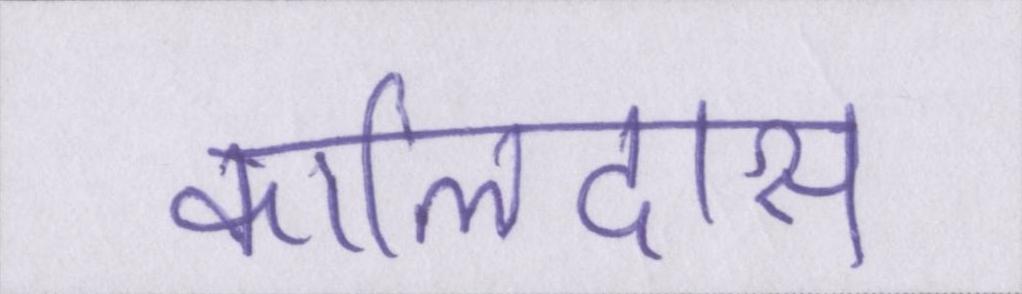
कालिदास